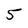
Character: 5